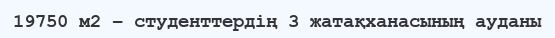
19750 м2 – студенттердің 3 жатақханасының ауданы